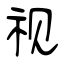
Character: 视